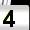
Digit: 4